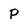
Character: P